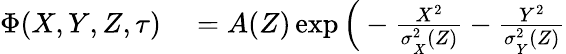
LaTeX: \begin{array}{rl}{\Phi(X,Y,Z,\tau)}&{{}=A(Z)\exp\Big(-\frac{X^{2}}{\sigma_{_X}^{2}(Z)}-\frac{Y^{2}}{\sigma_{_Y}^{2}(Z)}}\end{array}